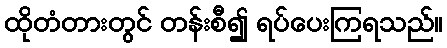
ထိုတံတားတွင် တန်းစီ၍ ရပ်ပေးကြရသည်။